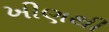
ખીણથી